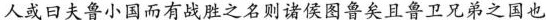
人或曰夫鲁小国而有战胜之名则诸侯图鲁矣且鲁卫兄弟之国也